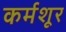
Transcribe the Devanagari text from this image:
कर्मशूर